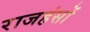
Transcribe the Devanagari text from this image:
राजहंसों